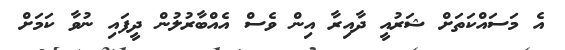
އެ މަސައްކަތަށް ޝަރުއީ ދާއިރާ އިން ވެސް އެއްބާރުލުން ދީފައި ނުވާ ކަމަށް